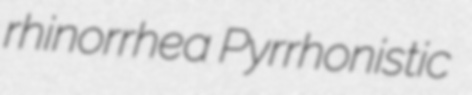
rhinorrhea Pyrrhonistic